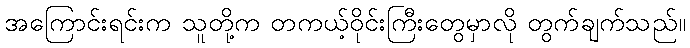
အကြောင်းရင်းက သူတို့က တကယ့်ဝိုင်းကြီးတွေမှာလို တွက်ချက်သည်။